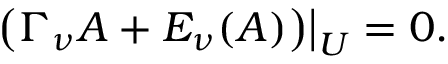
\bigl ( \Gamma _ { \nu } A + E _ { \nu } ( A ) \bigr ) \big | _ { U } = 0 .